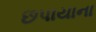
છપાયાના